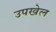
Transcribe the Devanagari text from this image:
उपखेल